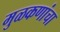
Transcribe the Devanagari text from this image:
मुळकणांचा